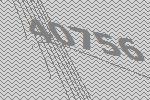
40756